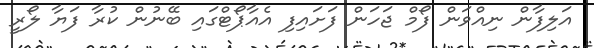
އަލިފާން ނިއްވަން ފޯމް ޖަހަން ފަށައިފި އެއާޕޯޓްގައި ބޭނުން ކުރާ ފަޔާ ލޯރީ